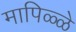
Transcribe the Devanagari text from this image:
मापिळ्ळे